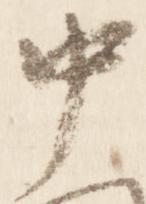
中